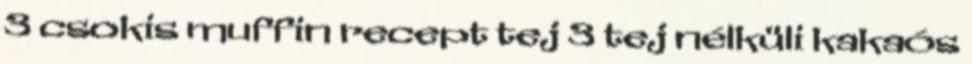
3 csokis muffin recept tej 3 tej nélküli kakaós